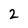
Character: 2